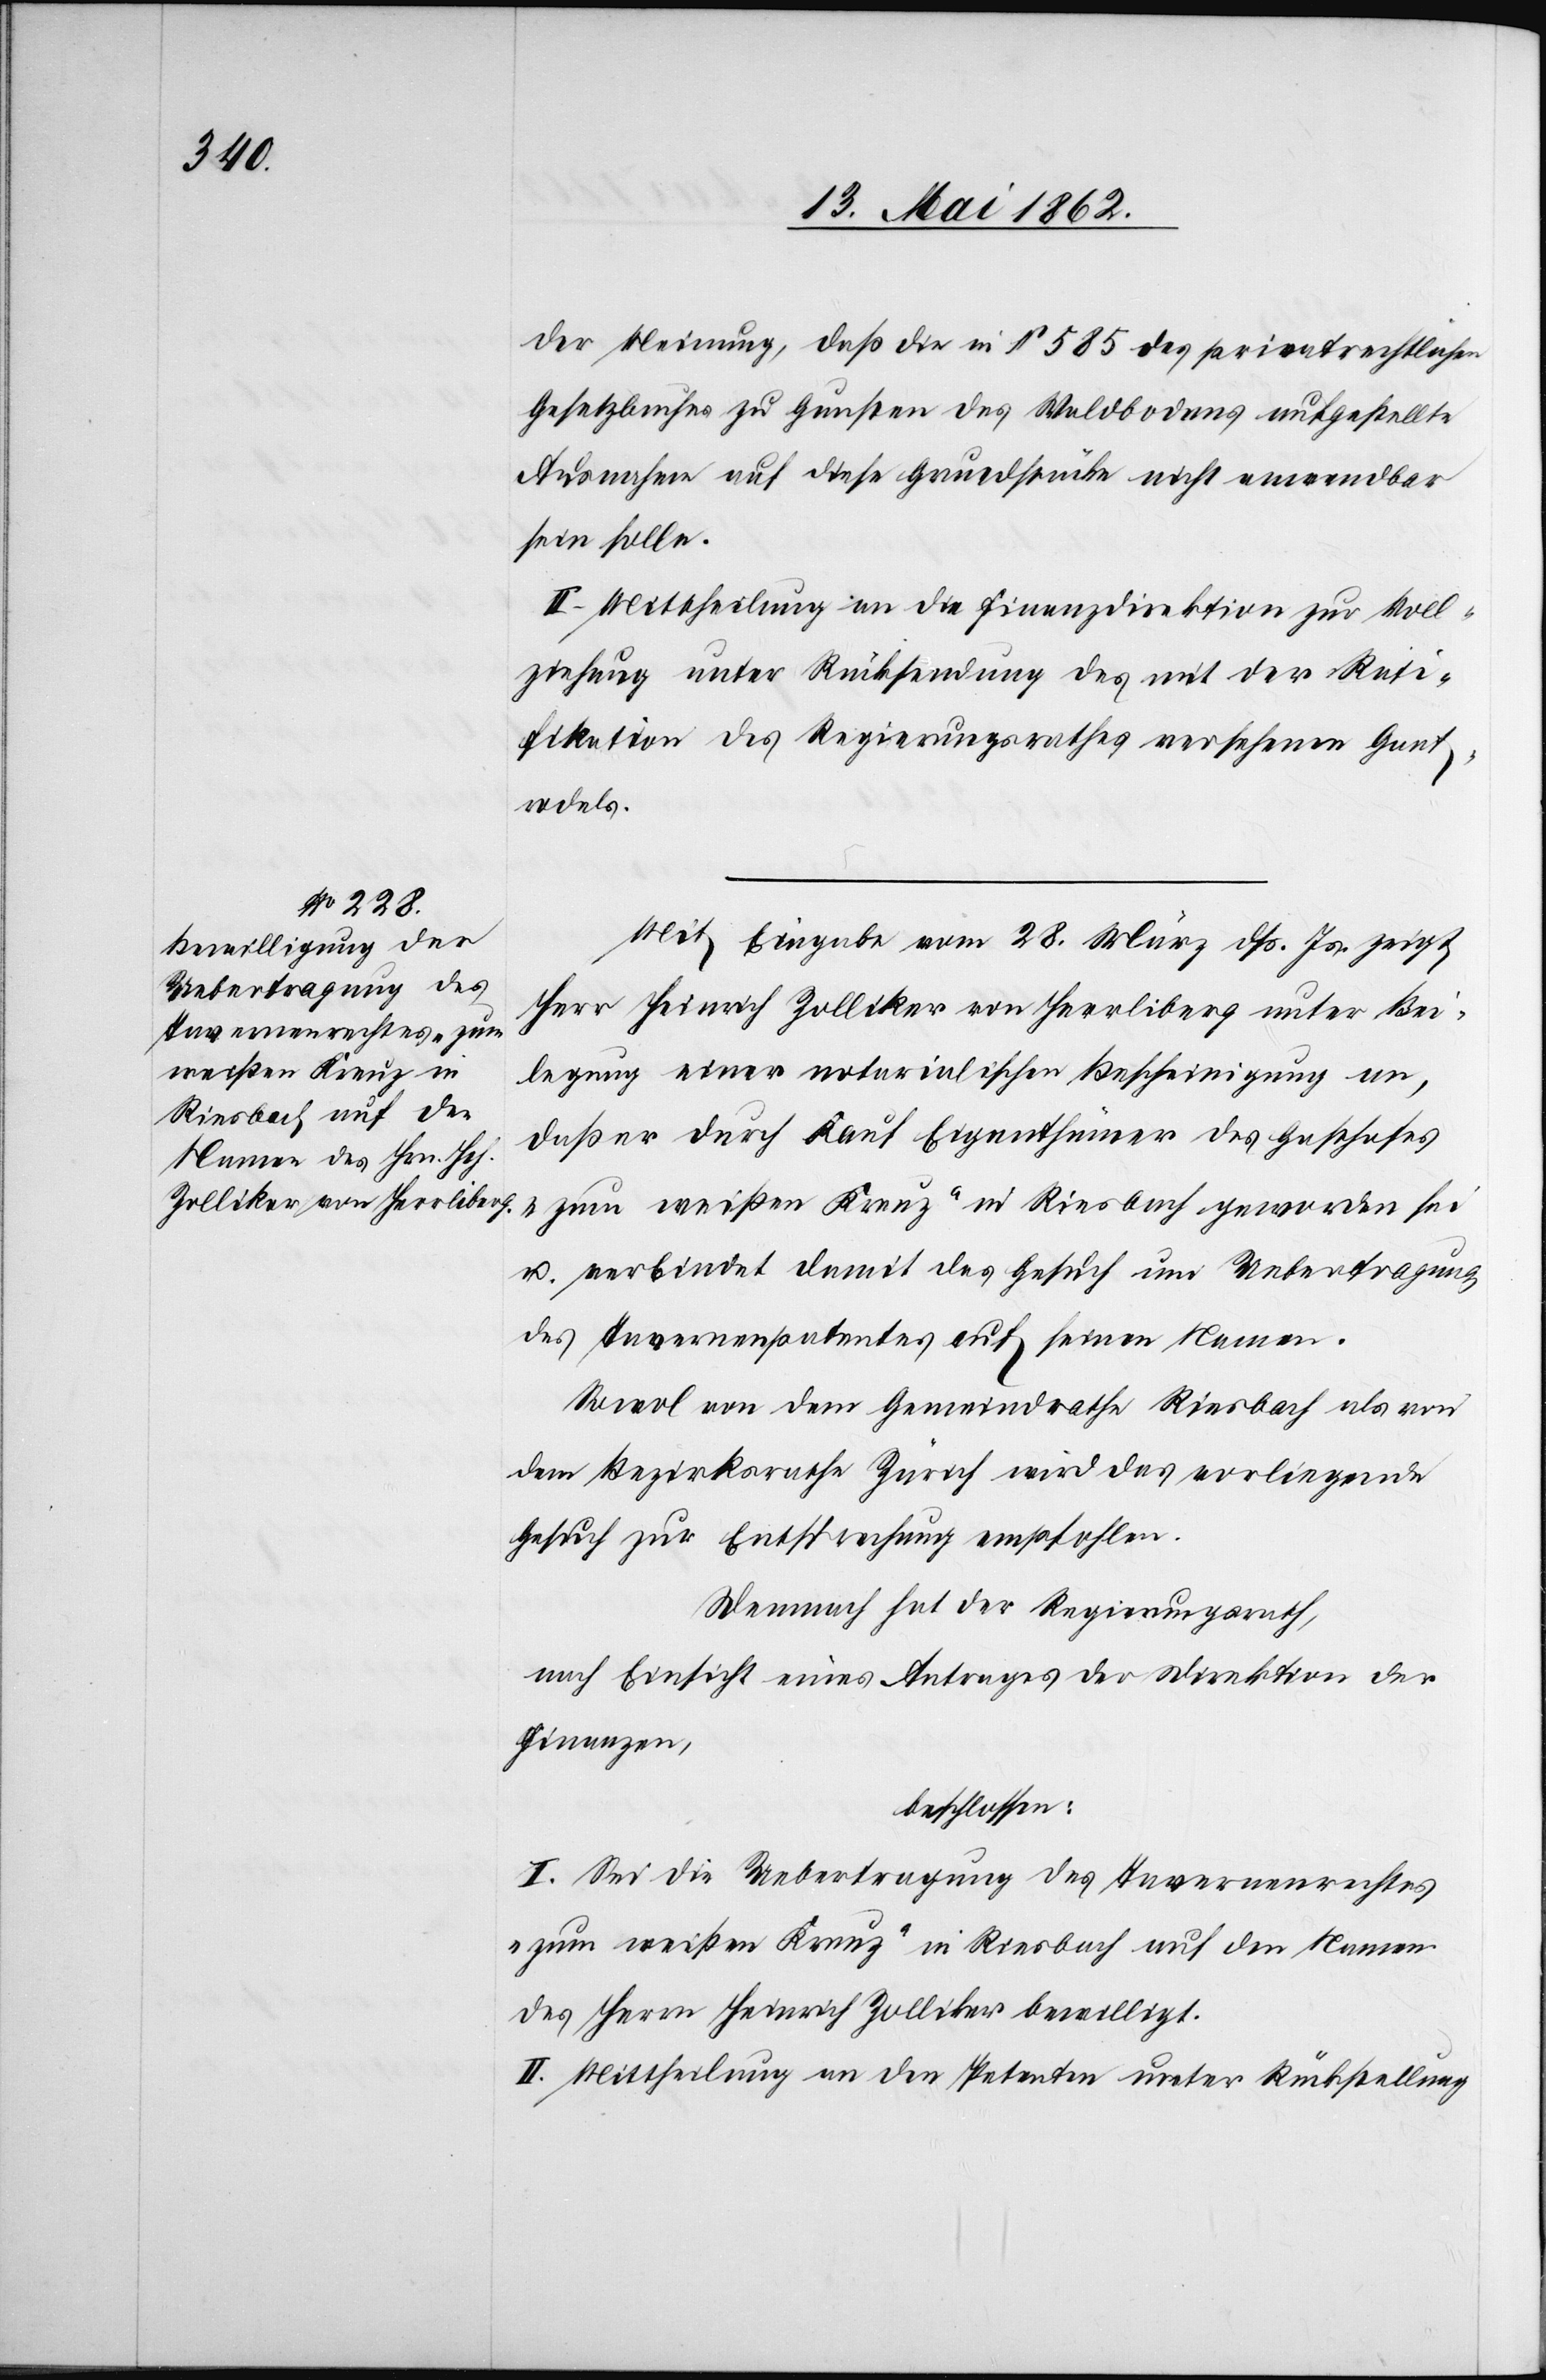
der Meinung, daß die in § 585 des privatrechtlichen
Gesetzbuches zu Gunsten des Waldbodens aufgestellte
Ausnahme auf diese Grundstücke nicht anwendbar
sein solle.
II. Mittheilung an die Finanzdirektion zur Voll¬
ziehung unter Rücksendung des mit der Rati¬
fikation des Regierungsrathes vorgesehenen Gant¬
rodels.
Mit Eingabe vom 28. März dß. Js. zeigt
Herr Heinrich Zolliker von Herrliberg unter Bei¬
legung einer notarialischen Bescheinigung an,
daß er durch Kauf Eigenthümer des Gasthofes
„zum weißen Kreuz“ in Riesbach geworden sei
u. verbindet damit das Gesuch um Uebertragung
des Tavernenpatentes auf seinen Namen.
Sowol von dem Gemeindrathe Riesbach als von
dem Bezirksrathe Zürich wird das vorliegende
Gesuch zur Entsprechung empfohlen.
Demnach hat der Regierungsrath,
nach Einsicht eines Antrages der Direktion der
Finanzen,
beschlossen:
I. Sei die Uebertragung des Tavernenrechts
„zum weißen Kreuz“ in Riesbach auf den Namen
des Herrn Heinrich Zolliker bewilligt.
II. Mittheilung an den Petenten unter Rückstellung